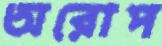
অরোপ